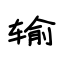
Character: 输